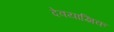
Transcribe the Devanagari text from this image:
देवयाज्ञिक